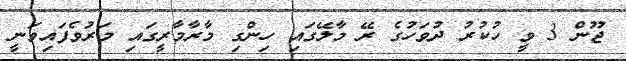
ޖޫން 3 ވީ ހުކުރު ދުވަހުގެ ރޭ މާލޭގައި ހިންގި މާރާމާރީގައި މަރުވެފައިވަނީ